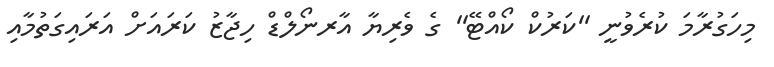
މިހަގުރާމަ ކުރެވުނީ ''ކަރުކް ކޯއްޓޭ'' ގެ ވެރިޔާ އާރނޯލްޑް ހިޖާޒު ކަރައަށް އަރައިގަތުމާއި